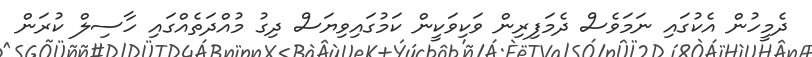
ދެމީހުން އެކުގައި ނަމަވެސް ދެމަފިރިން ވަކިވަކީން ކަމުގައިވިޔަސް ދިގު މުއްދަތެއްގައި ހާސިލް ކުރަން